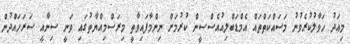
މިއަދު ހަވާލުކުރެވުނު މަސައްކަތްތައް އެމްޑަބްލިއުއެސްސީން ކުރުމަށް ނިންމާފައިވާތީ މިރަސްމިއްޔާތުގައި ވަނީ ސިނާއީ ސަރަހައްދުން